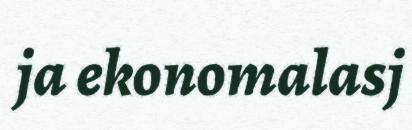
ja ekonomalasj